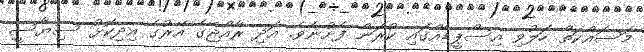
މަސައްކަތް ހަލުވި އިސްޕީޑެއްގައި ކުރަން ފެށުނެވެ. އަދި ރާއްޖޭގެ އޭރުގެ އިދިކޮޅު ސިޔާސީ